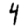
Digit: 4